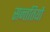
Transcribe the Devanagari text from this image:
सन्ततियों